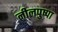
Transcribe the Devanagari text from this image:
नीलपुष्पा